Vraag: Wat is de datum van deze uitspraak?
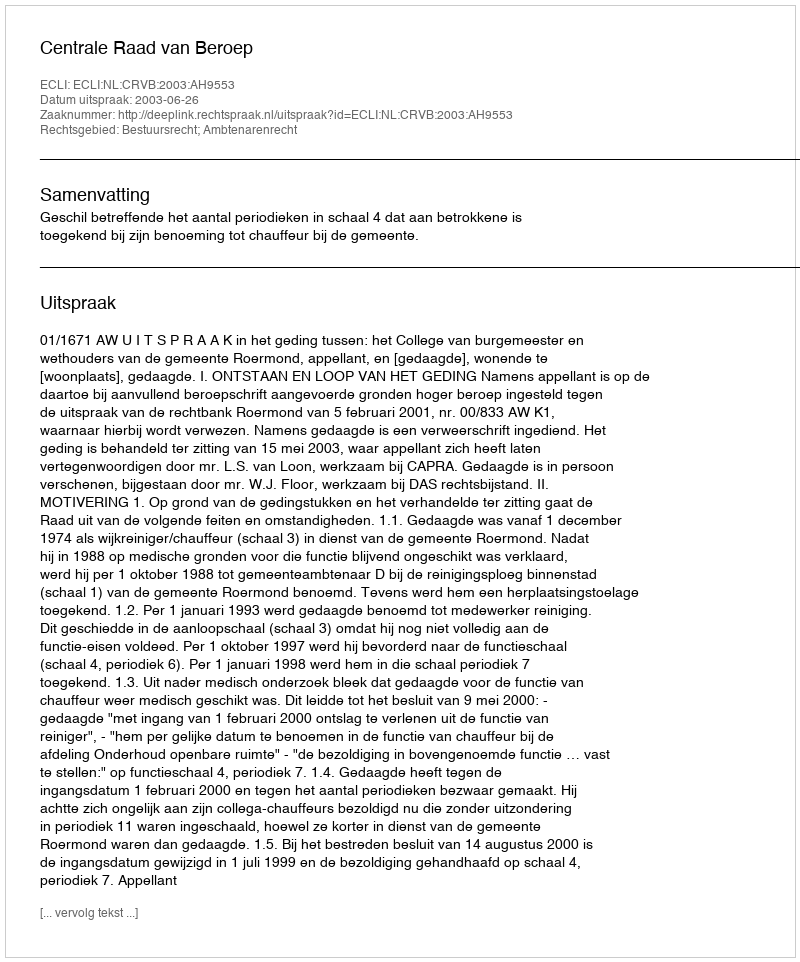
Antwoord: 2003-06-26